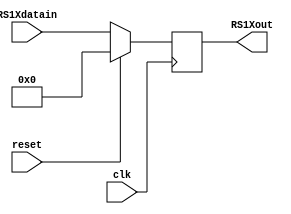
module rs1X (
    input wire clk,           // Seal de reloj
    input wire reset,         // Seal de reinicio
    input wire [31:0] RS1Xdatain, // Entrada de datos
    output reg [31:0] RS1Xout
);

always @(negedge clk) begin
    if (reset == 1) begin
        RS1Xout <= 32'b00000000000000000000000000000000;
    end
    else begin
        RS1Xout <= RS1Xdatain;
    end
end

endmodule